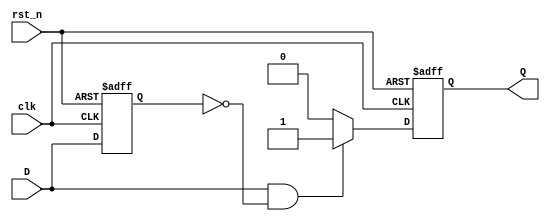
module edge_detector (
    input wire clk,          // Clock input
    input wire rst_n,       // Active low reset
    input wire D,           // Input signal
    output reg Q            // Output pulse indicating rising edge
);
    reg D_prev;             // Previous state of input signal

    always @(posedge clk or negedge rst_n) begin
        if (!rst_n) begin
            D_prev <= 0;   // Initialize previous state to 0 on reset
            Q <= 0;        // Initialize output to 0 on reset
        end else begin
            // Rising edge detection
            if (D == 1 && D_prev == 0) begin
                Q <= 1;    // Generate pulse
            end else begin
                Q <= 0;    // Reset output pulse
            end
            
            D_prev <= D;   // Update previous state to current state
        end
    end
endmodule